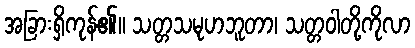
အခြားရှိကုန်၏။ သတ္တသမုဟဘူတာ၊ သတ္တဝါတို့ကိုလာ